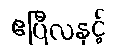
ဧပြီလနှင့်